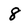
Character: 8